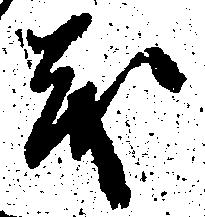
も